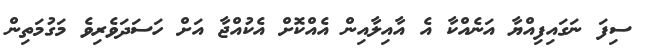
ސިފަ ނަގައިފިއްޔާ އަނެއްކާ އެ އާއިލާއިން އެއްކޮށް އެކުއްޖާ އަށް ހަސަދަވެރިވެ މަގުމަތިން